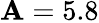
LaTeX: \mathbf{A}=5.8